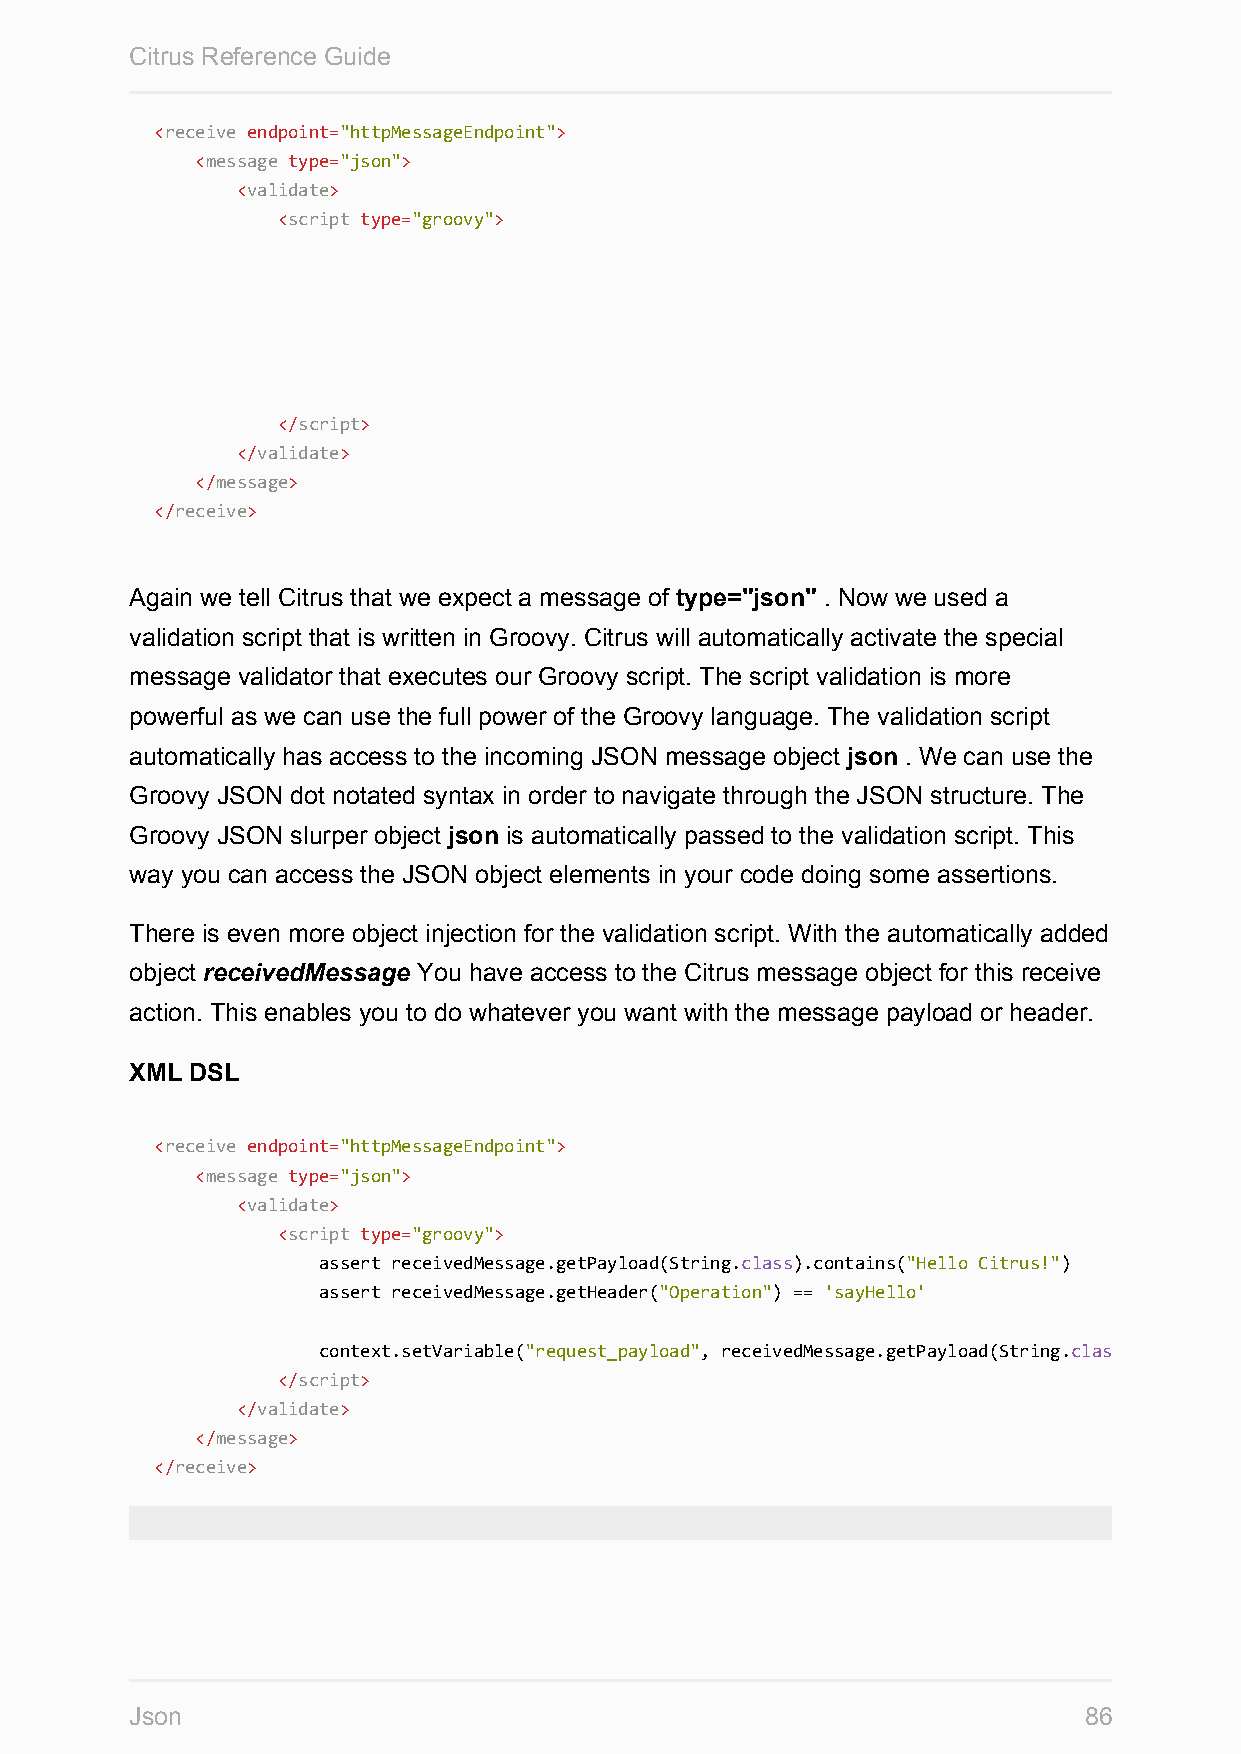
Citrus Reference Guide
 <receive endpoint="httpMessageEndpoint">
 <message type="json">
 <validate>
 <script type="groovy">
 </script>
 </validate>
 </message>
 </receive>
 Again we tell Citrus that we expect a message of type="json" . Now we used a
 validation script that is written in Groovy. Citrus will automatically activate the special
 message validator that executes our Groovy script. The script validation is more
 powerful as we can use the full power of the Groovy language. The validation script
 automatically has access to the incoming JSON message object json . We can use the
 Groovy JSON dot notated syntax in order to navigate through the JSON structure. The
 Groovy JSON slurper object json is automatically passed to the validation script. This
 way you can access the JSON object elements in your code doing some assertions.
 There is even more object injection for the validation script. With the automatically added
 object receivedMessage You have access to the Citrus message object for this receive
 action. This enables you to do whatever you want with the message payload or header.
 XML DSL
 <receive endpoint="httpMessageEndpoint">
 <message type="json">
 <validate>
 <script type="groovy">
 assert receivedMessage.getPayload(String.class).contains("Hello Citrus!")
 assert receivedMessage.getHeader("Operation") == 'sayHello'
 context.setVariable("request_payload", receivedMessage.getPayload(String.class
 </script>
 </validate>
 </message>
 </receive>
 Json                                                           86